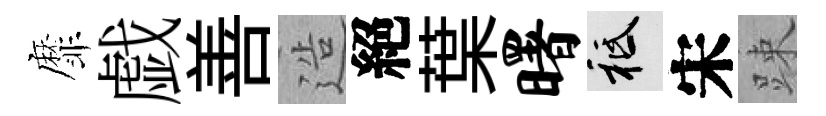
靡戯善造絕葉曙祇宋踈